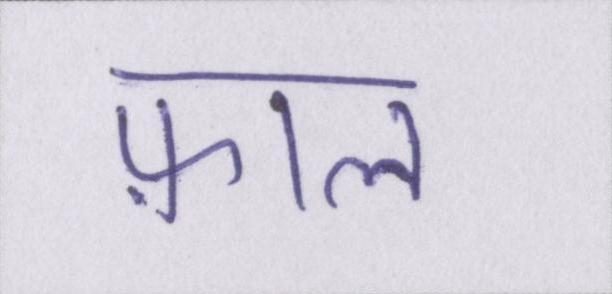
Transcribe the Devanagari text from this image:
फ़ाल